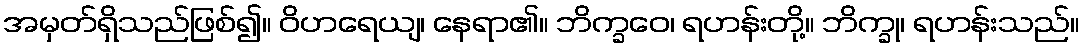
အမှတ်ရှိသည်ဖြစ်၍။ ဝိဟရေယျ၊ နေရာ၏။ ဘိက္ခဝေ၊ ရဟန်းတို့။ ဘိက္ခု၊ ရဟန်းသည်။